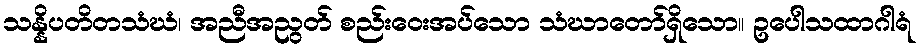
သန္နိပတိတသံဃံ၊ အညီအညွတ် စည်းဝေးအပ်သော သံဃာတော်ရှိသော။ ဥပေါသထာဂါရံ